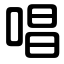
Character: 唱